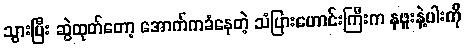
သွားပြီး ဆွဲထုတ်တော့ အောက်ကခံနေတဲ့ သံပြားဟောင်းကြီးက နဖူးနဲ့ပါးကို